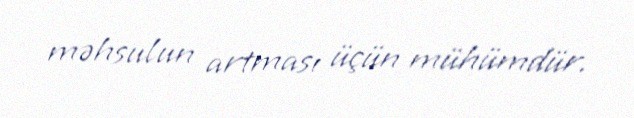
məhsulun artması üçün mühümdür.